system: You are a helpful assistant.
user:
Analyze the provided spectrum to determine if it is a **M-type Giant (gM)**.

A M-type Giant spectrum is defined by its **strong molecular absorption** features, particularly from **Titanium Oxide (TiO)**. You must check for one of the following mutually exclusive signatures:

- **Key Visual Indicators (Absorption-Dominated Spectrum):**

    - **(Primary):** The spectrum is dominated by strong molecular absorption from **Titanium Oxide (TiO)**. This is the **defining feature** of its M-type temperature class.
        - **(Key Bandheads):** Look for sharp, "saw-tooth" absorption valleys. The strongest are located near **~7050 Å**, **~6160 Å**, and **~5170 Å**.
        - **(Line Profile):** The "saw-tooth" morphology is critical: a **sharp, steep drop on the BLUE (short-wavelength) side** of the bandhead, followed by a gradual recovery (rising flux) towards the RED (long-wavelength) side.

    - **(Key Confirmation - Giant vs. Dwarf):** **ABSENCE** of strong **Calcium Hydride (CaH)** molecular bands. This is the primary diagnostic for *excluding* M-dwarfs.
        - **(Key Region):** The spectrum should lack the strong, broad absorption band seen in dwarfs between **~6800 Å and ~7000 Å**.

    - **(Secondary Confirmation - Giant):** A very strong and broad **Neutral Calcium (Ca I)** atomic absorption line.
        - **(Key Line):** Located at **~4226 Å**. In a giant (gM), this line is significantly deeper and broader than the same line in an M-dwarf (dM) due to low surface gravity.

    - **(Overall Spectrum):**
        - The continuum is **extremely red-sloping** (i.e., flux is very low in the blue and rises dramatically towards the red).
        - The entire spectrum appears "chopped up" by the deep TiO bands.

Think first, call **spectral_visualization_tool** if needed to examine features in detail, then provide your final answer. Your response must adhere to the following strict rules:
1.  **Overall Structure:** Your response must follow the format `<think>...</think> <tool_call>...</tool_call> (if a tool is used) <answer>...</answer>`.
2.  **Tool Usage Constraint:** You may only make **one** tool call per turn.
3.  **Final Answer Format:** In the `<answer>` tag, your conclusion must be inside a `\boxed{}` command (e.g., `\boxed{YES}` or `\boxed{NO}`), followed by your justification.

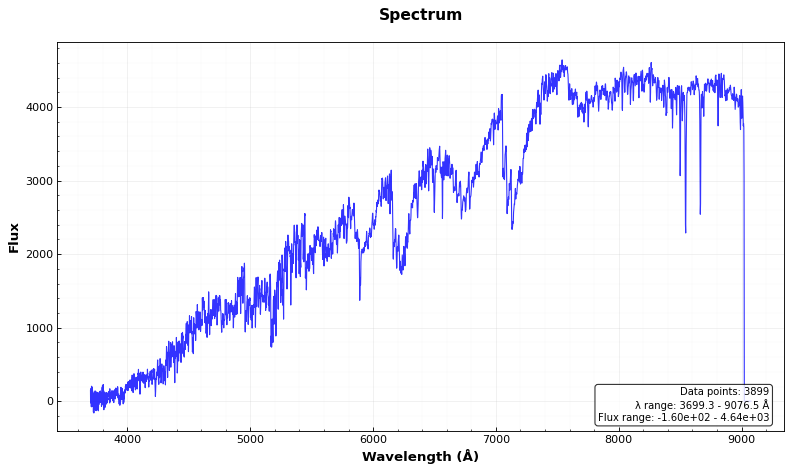
Answer: YES